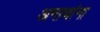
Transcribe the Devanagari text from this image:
अनाथांना